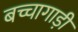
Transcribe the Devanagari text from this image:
बच्चागाड़ी